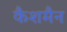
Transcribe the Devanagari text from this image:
कैशमैन